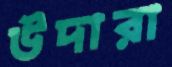
উদারা